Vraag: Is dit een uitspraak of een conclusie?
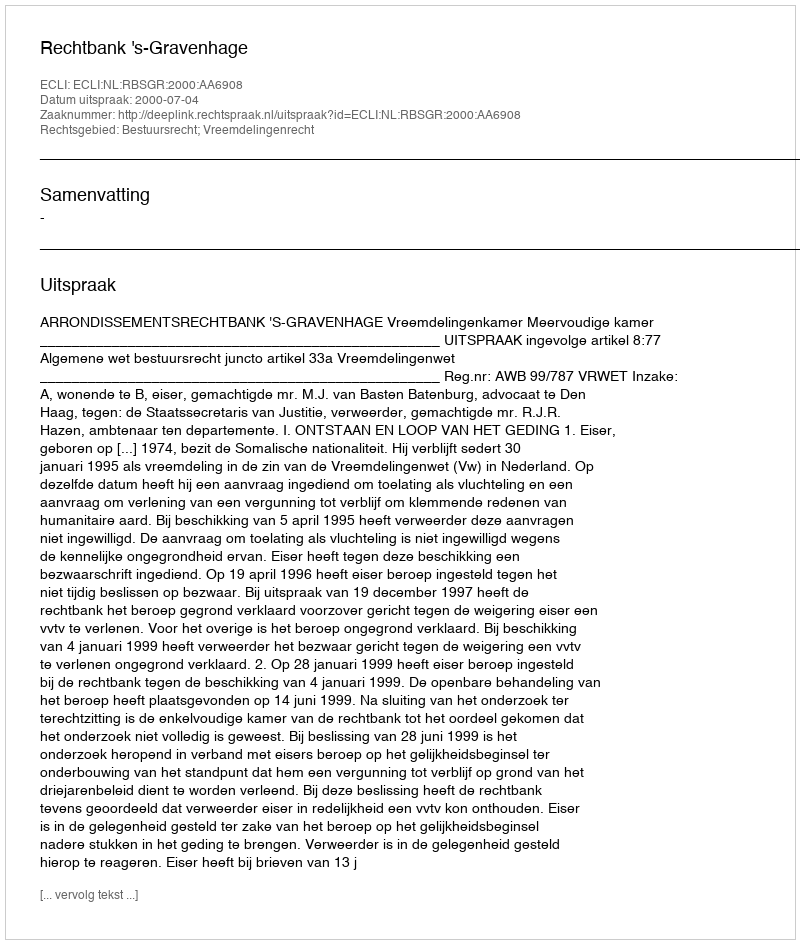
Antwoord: Uitspraak